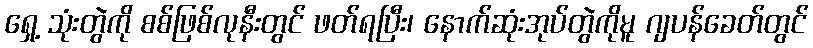
ရှေ့ သုံးတွဲကို စစ်ဖြစ်လုနီးတွင် ဖတ်ရပြီး၊ နောက်ဆုံးအုပ်တွဲကိုမူ ဂျပန်ခေတ်တွင်